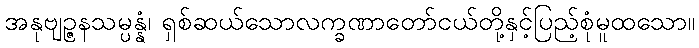
အနုဗျဉ္ဇနသမ္ပန္နံ၊ ရှစ်ဆယ်သောလက္ခဏာတော်ငယ်တို့နှင့်ပြည့်စုံမူထသော။